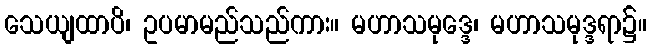
သေယျထာပိ၊ ဥပမာမည်သည်ကား။ မဟာသမုဒ္ဒေ၊ မဟာသမုဒ္ဒရာ၌။